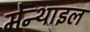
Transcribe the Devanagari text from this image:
मेन्थाइल